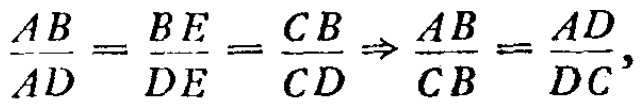
\(\frac{AB}{AD}=\frac{BE}{DE}=\frac{CB}{CD}\Rightarrow\frac{AB}{CB}=\frac{AD}{DC},\)